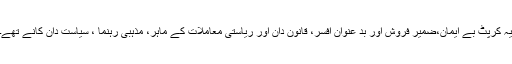
یہ کرپٹ بے ایمان،ضمیر فروش اور بد عنوان افسر، قانون دان اور ریاستی معاملات کے ماہر، مذہبی رہنما ، سیاست دان کانے تھے۔